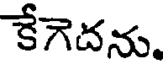
కేగెదను.